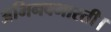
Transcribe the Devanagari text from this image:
अभिनवभारती।